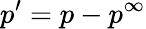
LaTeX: p^{\prime}=p-p^{\infty}